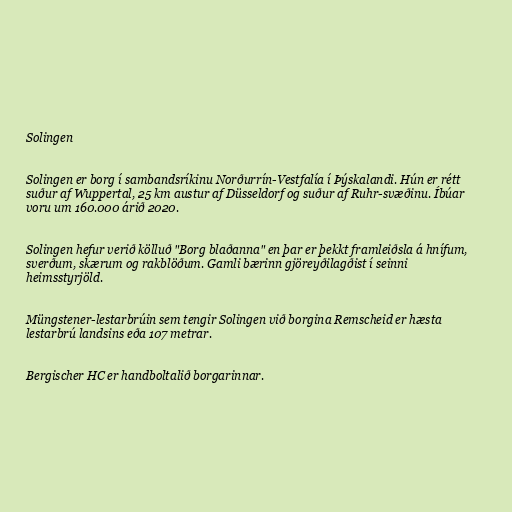
Solingen

Solingen er borg í sambandsríkinu Norðurrín-Vestfalía í Þýskalandi. Hún er rétt
suður af Wuppertal, 25 km austur af Düsseldorf og suður af Ruhr-svæðinu. Íbúar
voru um 160.000 árið 2020.

Solingen hefur verið kölluð "Borg blaðanna" en þar er þekkt framleiðsla á hnífum,
sverðum, skærum og rakblöðum. Gamli bærinn gjöreyðilagðist í seinni
heimsstyrjöld.

Müngstener-lestarbrúin sem tengir Solingen við borgina Remscheid er hæsta
lestarbrú landsins eða 107 metrar.

Bergischer HC er handboltalið borgarinnar.